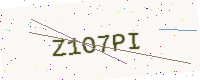
Text: Z1O7PI